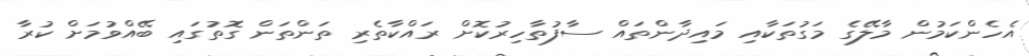
އެހެންކަމުން މާލޭގެ މަގުތަކާއި މައިދާންތައް ސާފުތާހިރުކޮށް ރައްކާތެރި ތަންތަން ގޮތުގައި ބޭއްވުމަށް ކުރާ